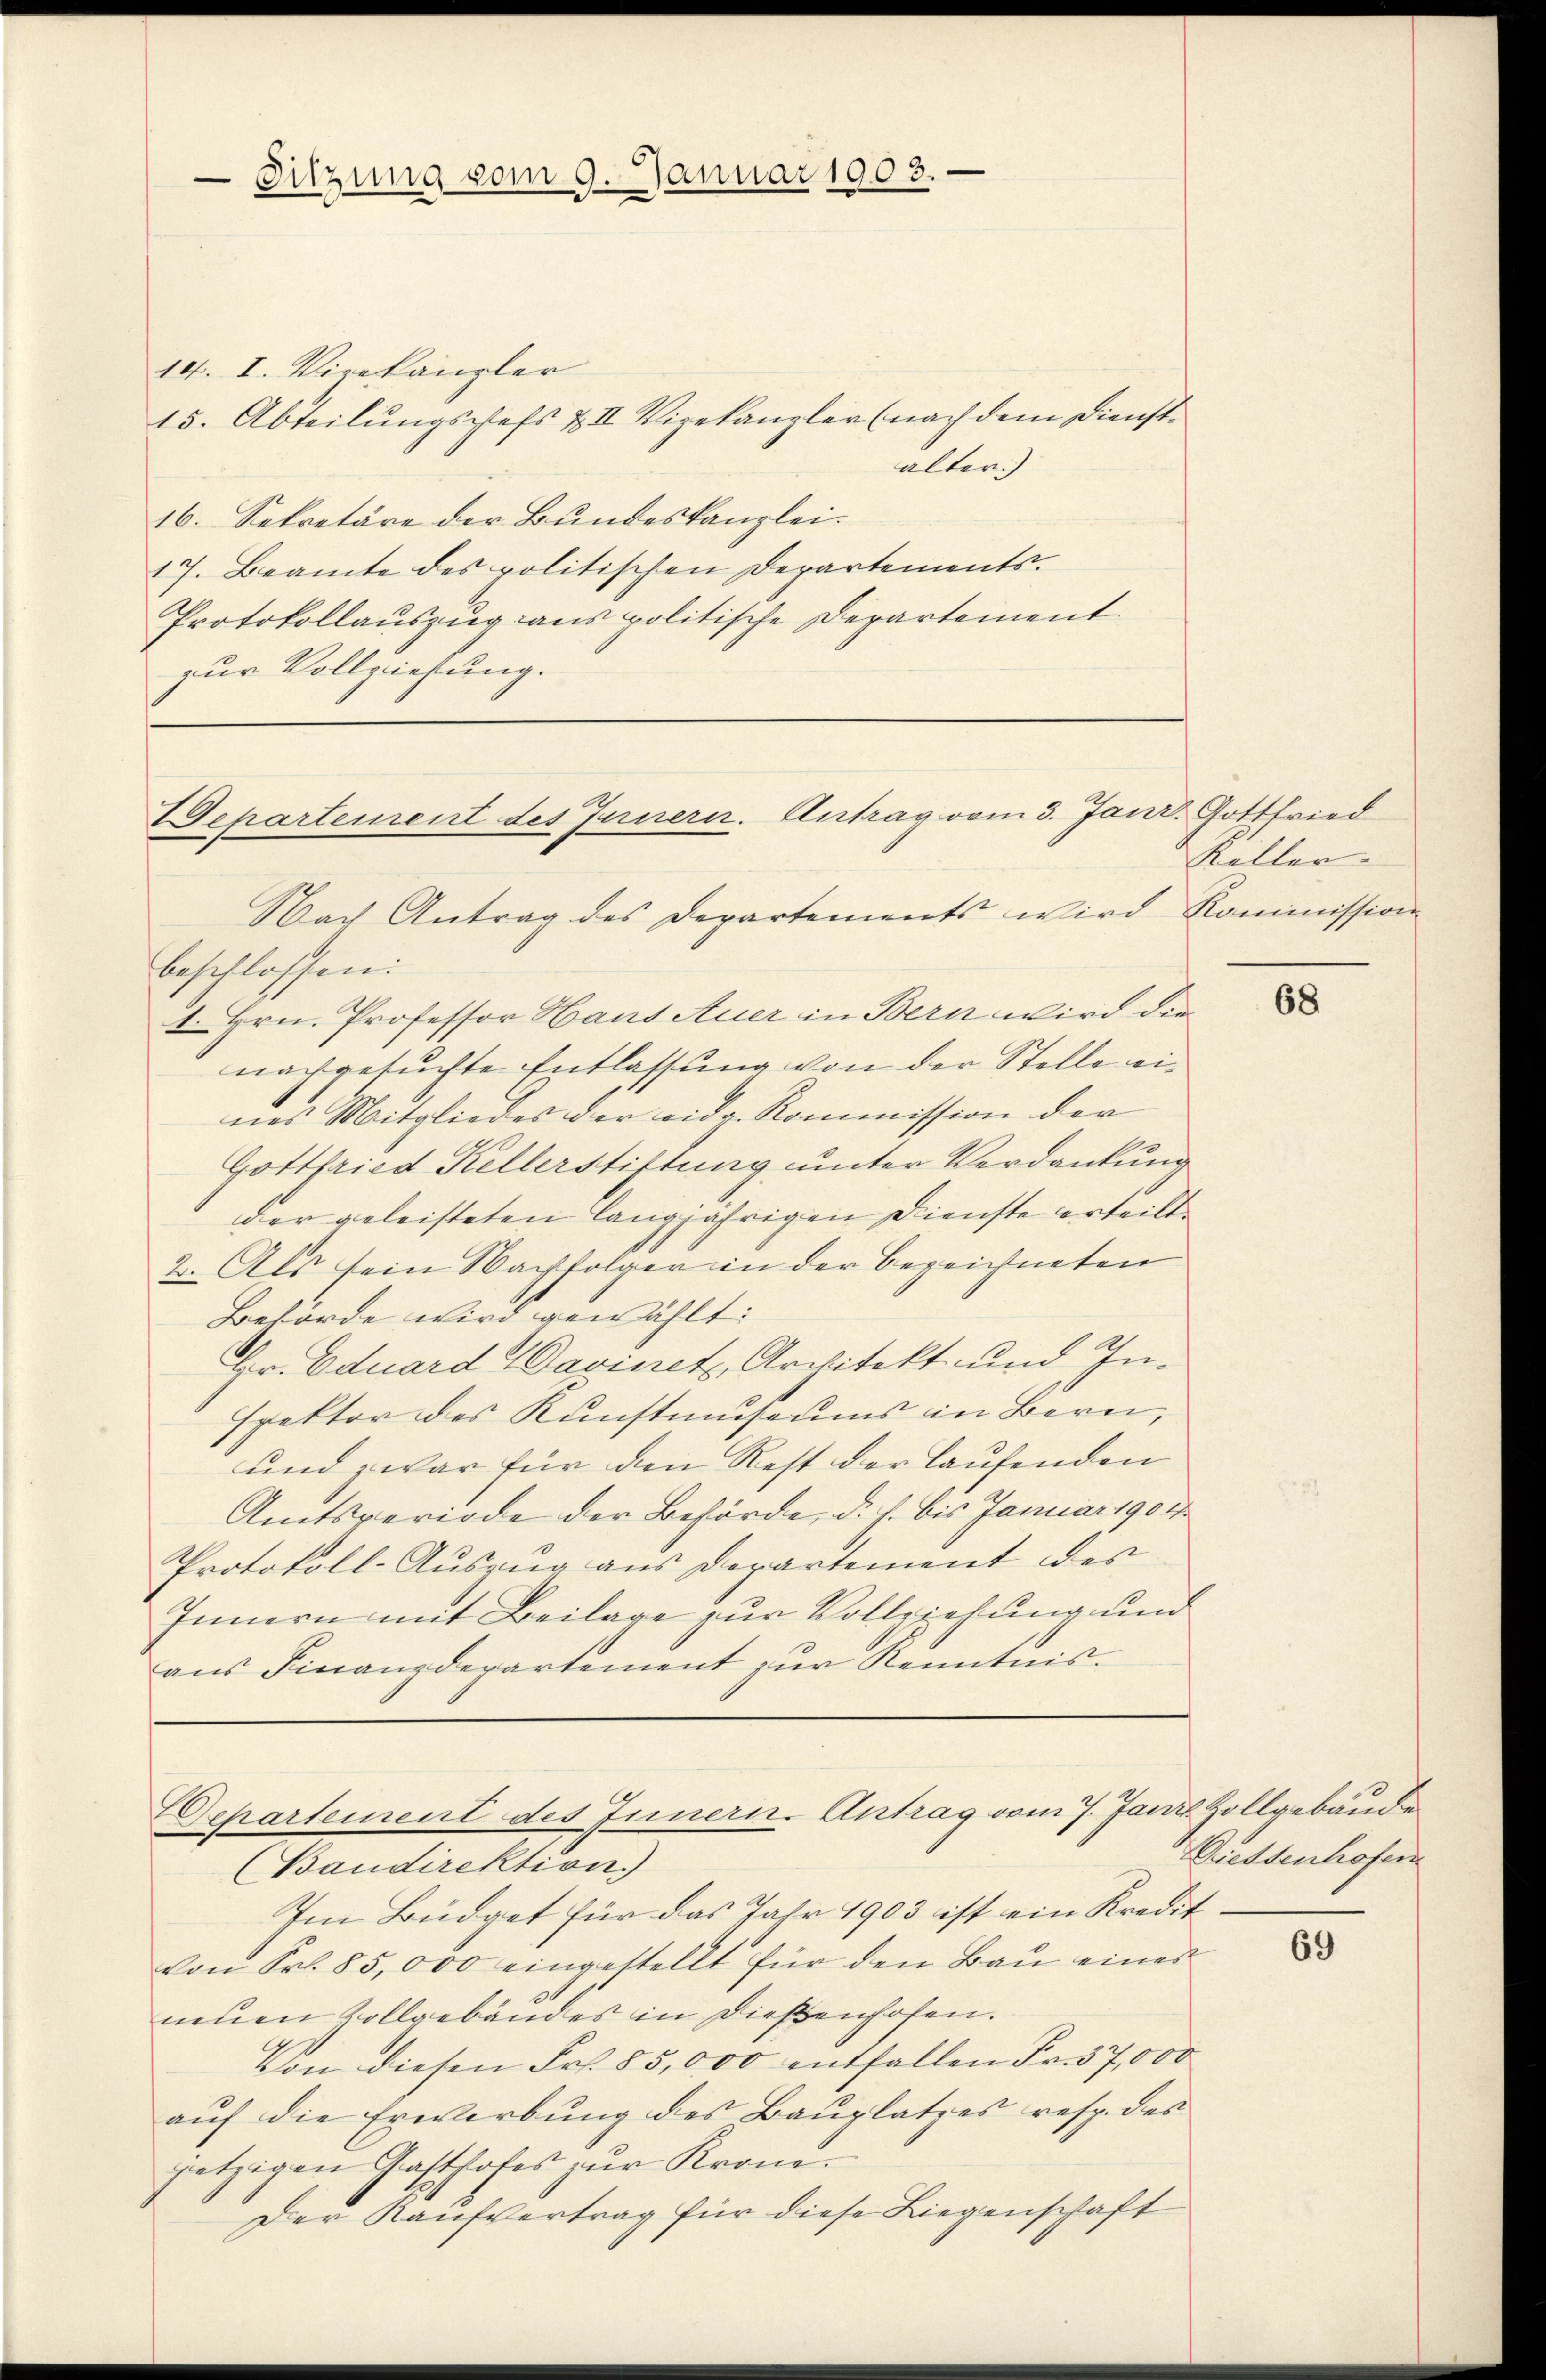
Sitzung vom 9. Januar 1903.

14. I. Vizekanzler
15. Abteilungsplefs XII Vigekanzler (nach dem Dienstälter.)
16. Sekretäre der Bundeskanzlei.
17. Beamte des politischen Departements.
Protokollauszug aus politische Departement
zur Vollziehung.

Departement des Jurnern. Antrag vom 3. Janr. Gottfried
Nach Antrag des Departements wird Kommission

Departement des Innern. Antrag vom 7. Jani Zollgebäude

beschlossen:
1. Hrn. Professor Hans Auer in Bern wird die
nachgesuchte Entlassung von der Stelle eines Mitgliedes der eidg. Kommission der
Gottfried Kellerstiftung unter Verdankung
der geleisteten langjährigen Dienste erteilt.
2. Als sein Nachfolger in der bezeichneten
Behörde wird gewählt:
Hr. Eduard Savinet, Architekt und Inspektor des Kunstmuseums in Bern,
und zwar für den Rest der laufenden
Amtsperiode der Behörde, d. J. bis Januar 190 d
Protokoll-Auszug aus derartement des
Innern mit Beilage zur Vollziehung und
aŭs Finanzdepartement zŭr Kenntnis.

Keller.

Baudirektion)
Im Büdget für das Jahr 1903 ist ein Kredit.
von Sr. 85,000 eingestellt für den Bau eines
neuen Vollgebäudes in dießenhofen.
Von diesen Fr. 85,000 entfallen Fr. 37,000
auf die Erwerbung des Bauplatzes resp. des
jetzigen Gasthofes zur Krone.
Der Kaufvertrag für diese Liegenschaft

68

Diessenhofen

69